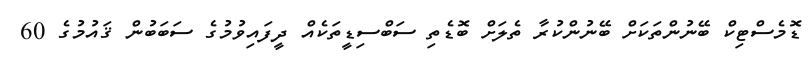
ޑޮމެސްޓިކް ބޭނުންތަކަށް ބޭނުންކުރާ ތެލަށް ބޮޑެތި ސަބްސިޑީތަކެއް ދީފައިވުމުގެ ސަބަބުން ޤައުމުގެ 60